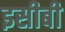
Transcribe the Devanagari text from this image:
इसीबी